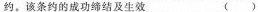
约。该条约的成功缔结及生效（）